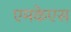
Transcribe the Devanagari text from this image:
एमकेएस